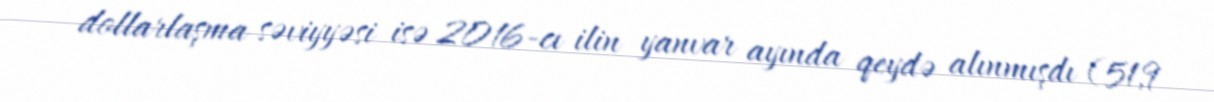
dollarlaşma səviyyəsi isə 2016-cı ilin yanvar ayında qeydə alınmışdı (51,9